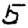
Digit: 5